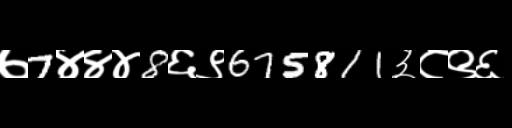
Text: ७7४४४8६९675811३८९६